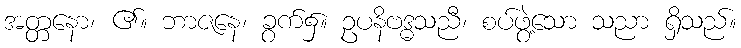
အတ္တနော၊ ၏။ ဘာဇနေ၊ ခွက်၌။ ဥပနိဗဒ္ဓသညီ၊ စပ်ဖွဲ့သော သညာ ရှိသည်။